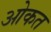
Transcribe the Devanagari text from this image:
ओकत